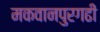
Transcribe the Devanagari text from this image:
मकवानपुरगढी